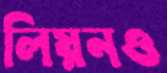
লিয়নও